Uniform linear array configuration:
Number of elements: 16
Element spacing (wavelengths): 0.75
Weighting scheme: blackman
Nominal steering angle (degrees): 45
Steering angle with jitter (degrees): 43.544
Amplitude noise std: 0.05
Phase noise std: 0.05

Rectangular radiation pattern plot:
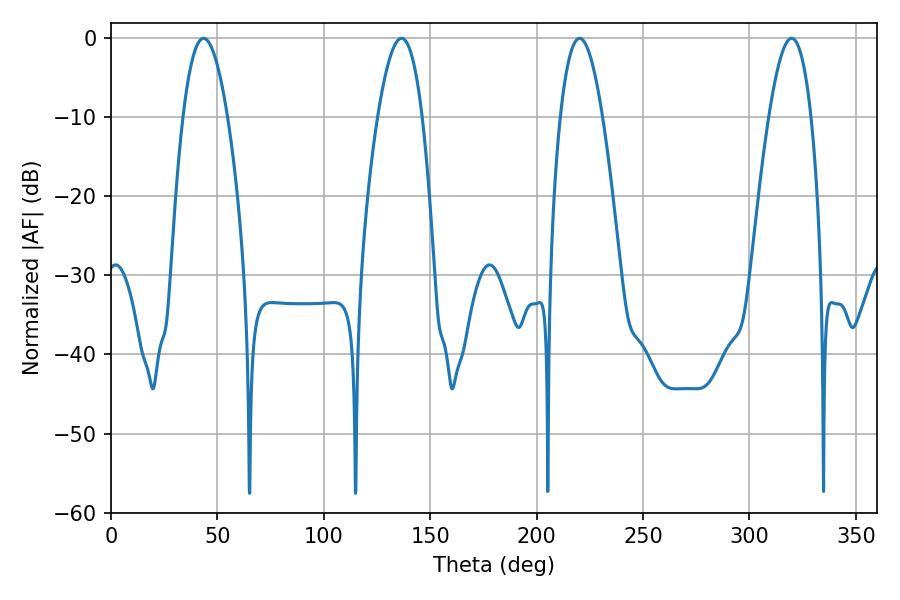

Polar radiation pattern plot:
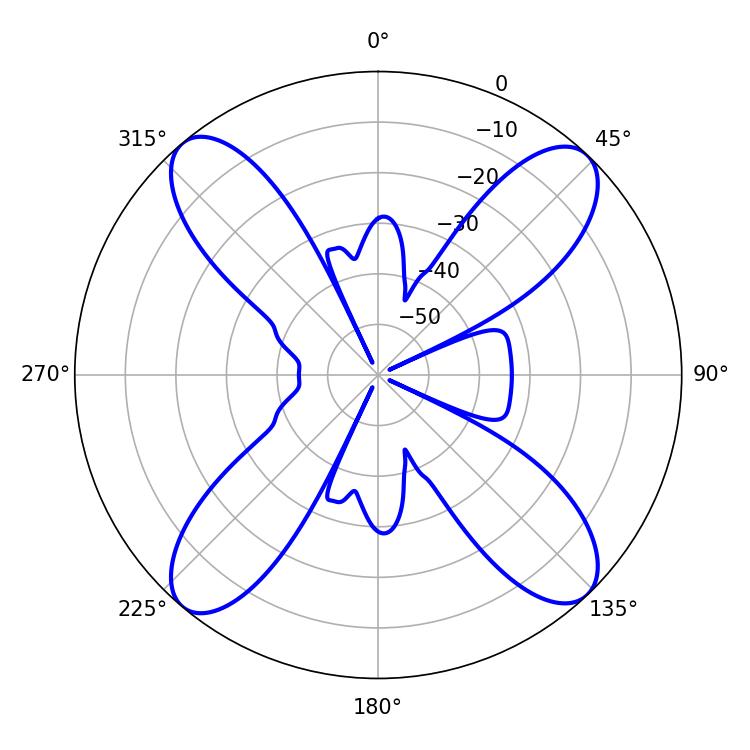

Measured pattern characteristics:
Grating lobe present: TRUE
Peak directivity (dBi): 17.928
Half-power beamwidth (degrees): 10.98
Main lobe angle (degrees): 220.14